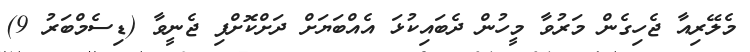
މެލޭރިއާ ޖެހިގެން މަރުވާ މީހުން ދެބައިކުޅަ އެއްބަޔަށް ދަށްކޮށްފި ޖެނީވާ (ޑިސެމްބަރު 9)